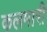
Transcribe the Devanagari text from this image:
कलमारी